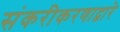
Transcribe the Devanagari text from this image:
संकरीकरणाद्वारे